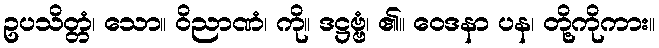
ဥပသိတ္တံ၊ သော။ ဝိညာဏံ၊ ကို။ ဒဋ္ဌဗ္ဗံ၊ ၏။ ဝေဒနာ ပန၊ တို့ကိုကား။